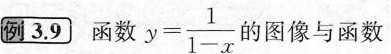
例3.9 函数 $$y = \frac { 1 } { 1 - x }$$ 的图像与函数